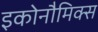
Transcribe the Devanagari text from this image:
इकोनौमिक्स